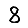
Digit: 8